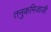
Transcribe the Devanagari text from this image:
तनुकमिजाजी